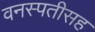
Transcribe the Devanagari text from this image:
वनस्पतीसह